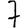
Digit: 7